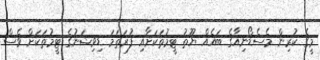
މީގެ ކުރިން މެސެޑޯނިއާގެ ބައެއް ޔޫތު ޓީމުތަކަށާއި ފުރަތަމަ ޑިވިޝަނުގެ ޓީމުތަކަށް ވެސް